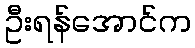
ဦးရန်အောင်က